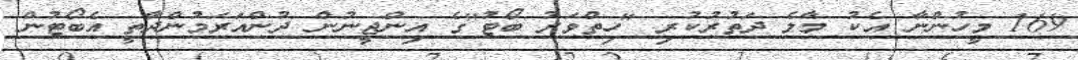
169 މީހުންނާ އެކު މާލެ ދަތުރުކުރި "ހިތްވަރު ބޯޓު"ގެ އިންޖީނުން ދުންއަރަމުންދާތީ އެބޯޓުން